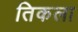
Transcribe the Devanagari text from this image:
तिकला